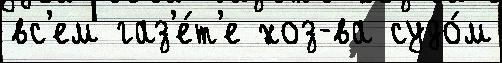
вс'ем газ'е́т'е хоз-ва судо́м